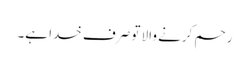
رحم کرنے والا تو صرف خدا ہے۔